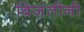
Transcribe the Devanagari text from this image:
बिजंतीनी